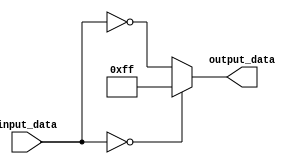
module Generate_Parameterized_Module #(parameter DATA_WIDTH = 8) (
    input wire [DATA_WIDTH-1:0] input_data,
    output reg [DATA_WIDTH-1:0] output_data
);

always @(*) begin
    if (input_data == 8'b00000000) begin
        output_data = 8'b11111111;
    end else begin
        output_data = ~input_data;
    end
end

endmodule